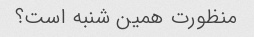
منظورت همین شنبه است؟